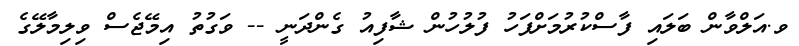
ވ.އަލްވާން ބަލައި ފާސްކުރުމަށްފަހު ފުލުހުން ޝާފިއު ގެންދަނީ -- ވަގުތު އިމޭޖެސް ވިލިމާލޭގެ